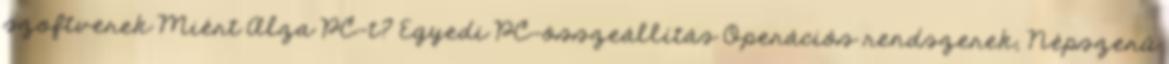
szoftverek Miért Alza PC-t? Egyedi PC-összeállítás Operációs rendszerek, Népszerű